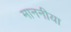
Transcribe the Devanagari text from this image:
माननीया